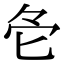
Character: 𠤓